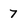
Character: 7